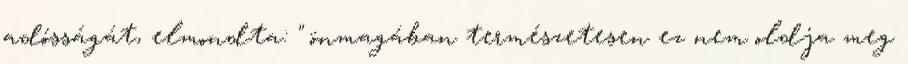
adósságát, elmondta: " önmagában természetesen ez nem oldja meg